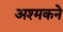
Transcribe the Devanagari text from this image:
अश्मकने